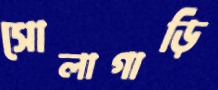
সোলাগাড়ি